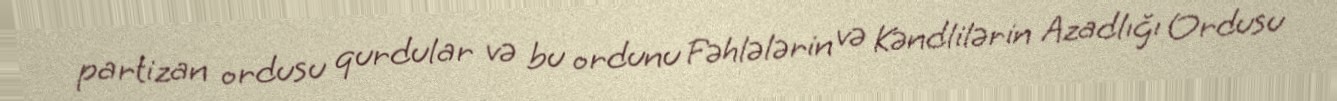
partizan ordusu qurdular və bu ordunu Fəhlələrin və Kəndlilərin Azadlığı Ordusu